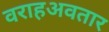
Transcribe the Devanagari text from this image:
वराहअवतार